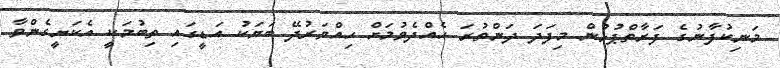
މަނިކުފާނުގެ ފަރާތްޕުޅުން މިފަދަ ދަންތުރަ ހެއްދެވުމަށް ހިއްވަރުދޭ ބަޔަކު އަޑީގައި ތިބުމަކީ އެކަށީގެންވާ